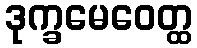
ဒုက္ခမေဝေတ္ထ